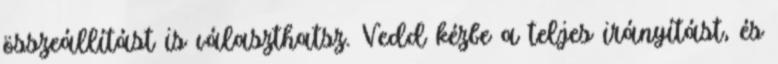
összeállítást is választhatsz. Vedd kézbe a teljes irányítást, és